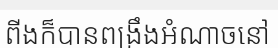
ពីងក៏បានពង្រឹងអំណាចនៅ